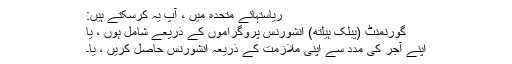
ریاستہائے متحدہ میں ، آپ یہ کرسکتے ہیں:
گورنمنٹ (پبلک ہیلتھ) انشورنس پروگراموں کے ذریعے شامل ہوں ، یا
اپنے آجر کی مدد سے اپنی ملازمت کے ذریعہ انشورنس حاصل کریں ، یا۔